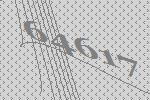
64617